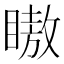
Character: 𬑞